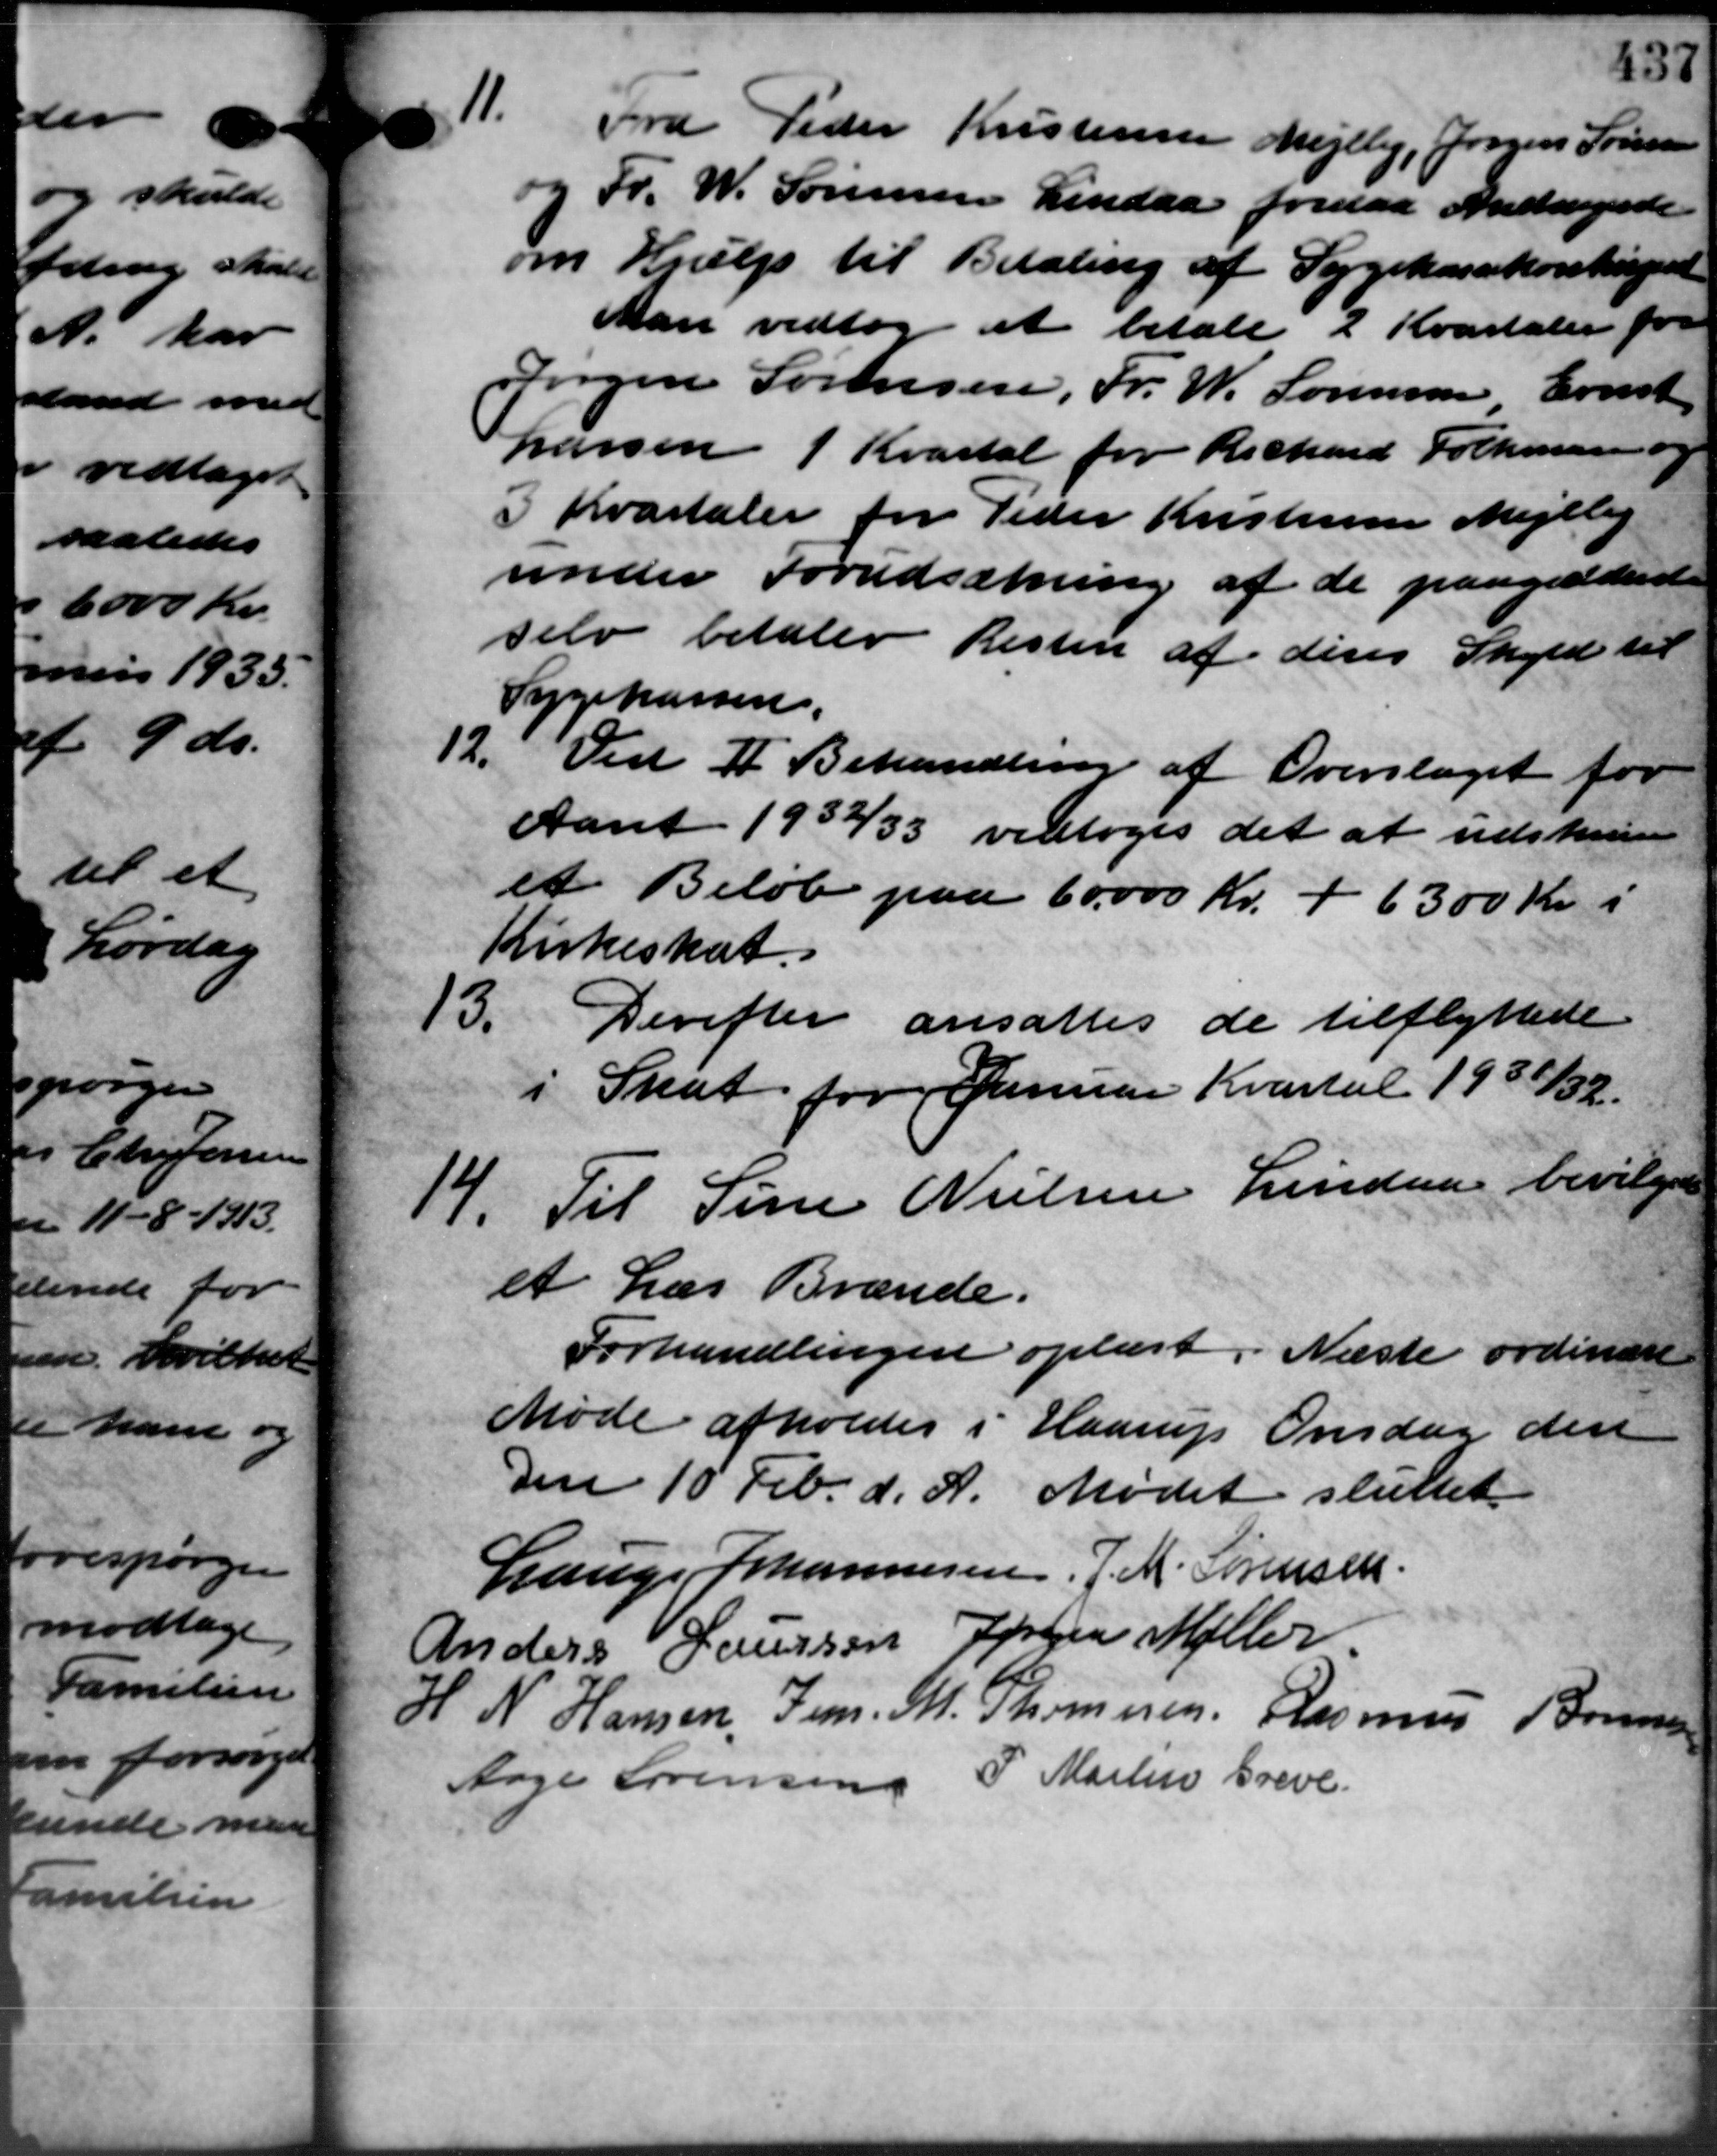
Transskription:
11. Fra Peder Kristensen Mejlby, Jørgen Sørensen
11. Fra Peder Kristensen Mejlby, Jørgen Sørensen
og Fr. W. Sørensen Lindaa forelaa Andragende
om Hjælp til Betaling af Sygekassekontingent
Man vedtog at betale 2 Kvartaler for
Jørgen Sørensen, Fr. W. Sørensen Ernst
Larsen 1 Kvartal for Richard Folkmasso
I Kvartaler for Peder Kristensen Mejlby
under Forudsætning af de paagældent
selv betaler Resten af deres Skyld til
Sygekassen.
12. Ved II Behandling af Overslaget for
12. Ved II Behandling af Overslaget for
Aaret 1932/33 vedtoges det at udskrive
et Beløb paa 60.000 Kr. + 6300 Kr. i
Kirkeskat.
13. Derefter ansattes de tilflyttede
13. Derefter ansattes de tilflyttede
i Skat for Januar Kvartal 1931/32.
14. Til Sine Nielsen Lindaa bevilgedes
14. Til Sine Nielsen Lindaa bevilgedes
et Læs Brænde.
Forhandlingen oplæst. Næste ordinære
Møde afholdes i Haarup Onsdag den
Den 10 Feb. d. A. Mødet sluttet.
Lauge Johannesen, J. M. Sørensen.
Anders Laursen Jørgen Møller
H. N. Hansen, Jens. M. Thomasen Rasmus Boun
Aage Sørensen P. Martin Greve.